Indian journal of veterinary science and animal husbandry - Volume 4,
Year: 1934
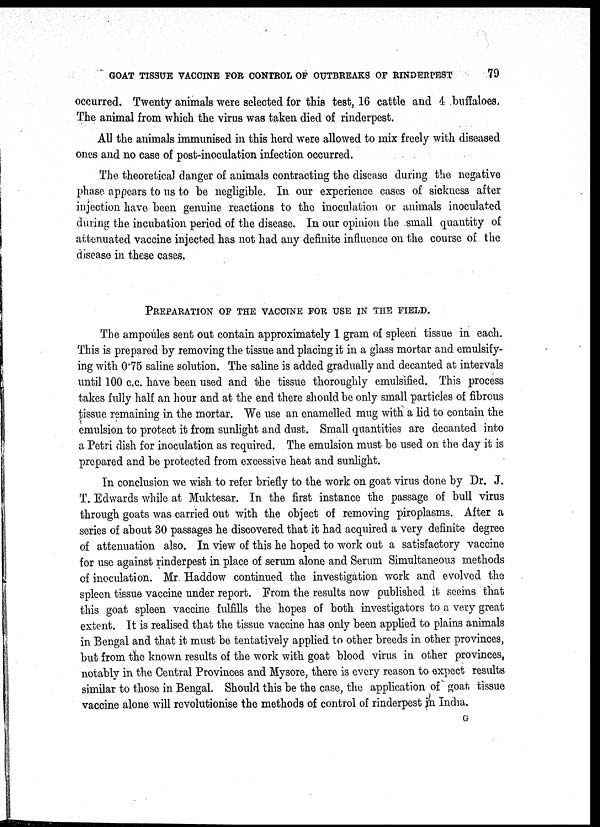
GOAT TISSUE VACCINE FOR CONTROL OF OUTBREAKS OF RINDERPEST
79
occurred. Twenty animals were selected for this test, 16 cattle and 4 buffaloes.
The animal from which the virus was taken died of rinderpest.
All the animals immunised in this herd were allowed to mix freely with diseased
ones and no case of post-inoculation infection occurred.
The theoretical danger of animals contracting the disease during the negative
phase, appears to us to be negligible. In our experience cases of sickness after
injection have been genuine reactions to the inoculation or animals inoculated
during the incubation period of the disease. In our opinion the small quantity of
attenuated vaccine injected has not had any definite influence on the course of the
disease in these cases.
PREPARATION OF THE VACCINE FOR USE IN THE FIELD.
The ampoules sent out contain approximately 1 gram of spleen tissue in each.
This is prepared by removing the tissue and placing it in a glass mortar and emulsify-
ing with 0.75 saline solution. The saline is added gradually and decanted at intervals
until 100 c.c. have been used and the tissue thoroughly emulsified. This process
takes fully half an hour and at the end there should be only small particles of fibrous
tissue remaining in the mortar. We use an enamelled mug with a lid to contain the
emulsion to protect it from sunlight and dust. Small quantities are decanted into
a Petri dish for inoculation as required. The emulsion must be used on the day it is
prepared and be protected from excessive heat and sunlight.
In conclusion we wish to refer briefly to the work on goat virus done by Dr. J.
T. Edwards while at Muktesar. In the first instance the passage of bull virus
through goats was carried out with the object of removing piroplasms. After a
series of about 30 passages he discovered that it had acquired a very definite degree
of attenuation also. In view of this he hoped to work out a satisfactory vaccine
for use against rinderpest in place of serum alone and Serum Simultaneous methods
of inoculation. Mr Haddow continued the investigation work and evolved the
spleen tissue vaccine under report. From the results now published it seems that
this goat spleen vaccine fulfills the hopes of both investigators to a very great
extent. It is realised that the tissue vaccine has only been applied to plains animals
in Bengal and that it must be tentatively applied to other breeds in other provinces,
but from the known results of the work with goat blood virus in other provinces,
notably in the Central Provinces and Mysore, there is every reason to expect results
similar to those in Bengal. Should this be the case, the application of goat tissue
vaccine alone will revolutionise the methods of control of rinderpest in India.
G